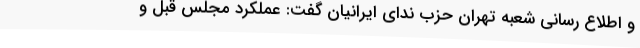
و اطلاع رسانی شعبه تهران حزب ندای ایرانیان گفت: عملکرد مجلس قبل و